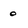
Character: o